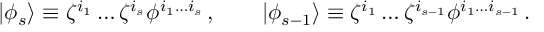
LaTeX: | \phi _ { s } \rangle \equiv \zeta ^ { i _ { 1 } } \ldots \zeta ^ { i _ { s } } \phi ^ { i _ { 1 } \ldots i _ { s } } \, , \qquad | \phi _ { s - 1 } \rangle \equiv \zeta ^ { i _ { 1 } } \ldots \zeta ^ { i _ { s - 1 } } \phi ^ { i _ { 1 } \ldots i _ { s - 1 } } \, .